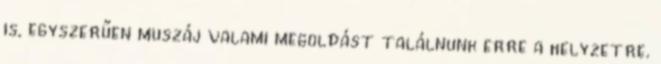
is, egyszerűen muszáj valami megoldást találnunk erre a helyzetre.